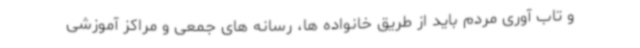
و تاب آوری مردم باید از طریق خانواده ها، رسانه های جمعی و مراکز آموزشی